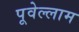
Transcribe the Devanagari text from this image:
पूवेल्लाम